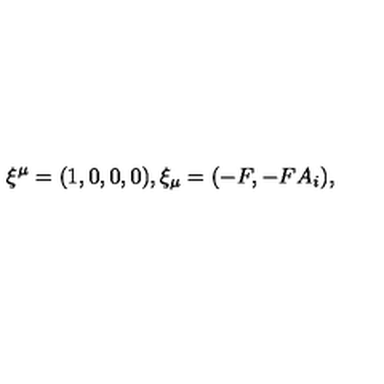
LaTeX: \xi ^ { \mu } = ( 1 , 0 , 0 , 0 ) , \xi _ { \mu } = ( - F , - F A _ { i } ) ,